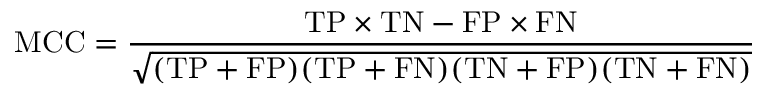
\mathrm { M C C } = { \frac { \mathrm { T P } \times \mathrm { T N } - \mathrm { F P } \times \mathrm { F N } } { \sqrt { ( \mathrm { T P } + \mathrm { F P } ) ( \mathrm { T P } + \mathrm { F N } ) ( \mathrm { T N } + \mathrm { F P } ) ( \mathrm { T N } + \mathrm { F N } ) } } }